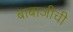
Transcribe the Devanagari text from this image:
बाबाजीची